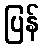
ပြန်